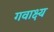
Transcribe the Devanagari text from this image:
गवाक्ष्य